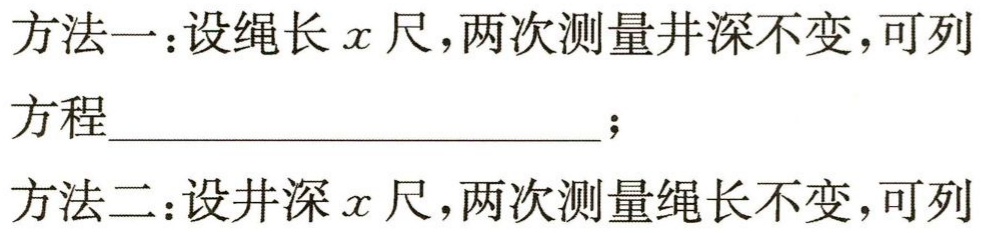
方法一：设绳长\(x\)尺，两次测量井深不变，可列

方程__________________________；

方法二：设井深\(x\)尺，两次测量绳长不变，可列